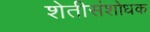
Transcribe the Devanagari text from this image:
शेतीसंशोधक